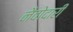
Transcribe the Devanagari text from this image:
नैवोदारी